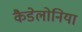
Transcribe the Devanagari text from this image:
कैडेलोनिया